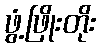
ဖွံ့ဖြိုးတိုး